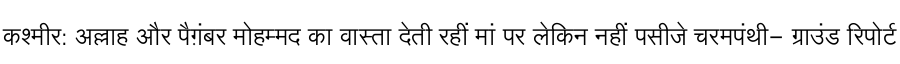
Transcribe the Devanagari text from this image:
कश्मीर: अल्लाह और पैग़ंबर मोहम्मद का वास्ता देती रहीं मां पर लेकिन नहीं पसीजे चरमपंथी- ग्राउंड रिपोर्ट